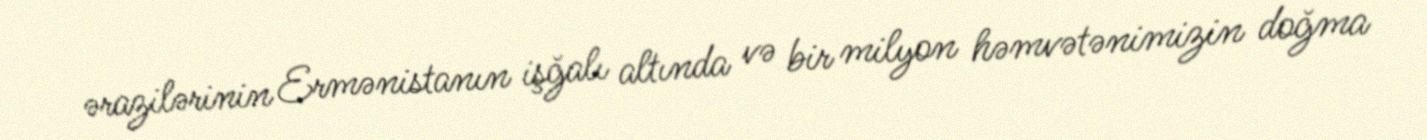
ərazilərinin Ermənistanın işğalı altında və bir milyon həmvətənimizin doğma